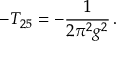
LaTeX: - T _ { 2 5 } = - \frac { 1 } { 2 \pi ^ { 2 } g ^ { 2 } } \, .